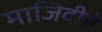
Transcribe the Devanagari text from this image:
माजिदीचे